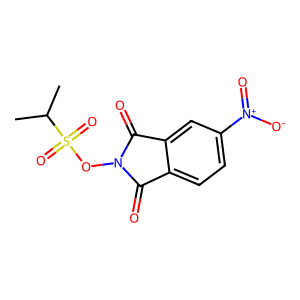
SMILES: CC(C)S(=O)(=O)ON1C(=O)c2ccc([N+](=O)[O-])cc2C1=O
Inhibits HIV replication: No